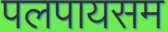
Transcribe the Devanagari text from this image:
पलपायसम